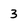
Character: 3